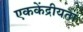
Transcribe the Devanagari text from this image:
एककेंद्रीयता